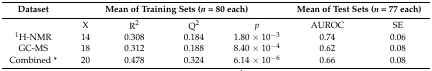
<table><thead><tr><td><b>Dataset</b></td><td colspan="4"><b>Mean of Training Sets (<i>n</i> = 80 each)</b></td><td colspan="2"><b>Mean of Test Sets (<i>n</i> = 77 each)</b></td></tr></thead><tbody><tr><td></td><td>X</td><td>R<sup>2</sup></td><td>Q<sup>2</sup></td><td><i>p</i></td><td>AUROC</td><td>SE</td></tr><tr><td><sup>1</sup>H-NMR</td><td>14</td><td>0.308</td><td>0.184</td><td>1.80 × 10<sup>−3</sup></td><td>0.74</td><td>0.06</td></tr><tr><td>GC-MS</td><td>18</td><td>0.312</td><td>0.188</td><td>8.40 × 10<sup>−4</sup></td><td>0.62</td><td>0.08</td></tr><tr><td>Combined *</td><td>20</td><td>0.478</td><td>0.324</td><td>6.14 × 10<sup>−6</sup></td><td>0.66</td><td>0.08</td></tr></tbody></table>